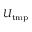
U _ { \mathrm { t m p } }